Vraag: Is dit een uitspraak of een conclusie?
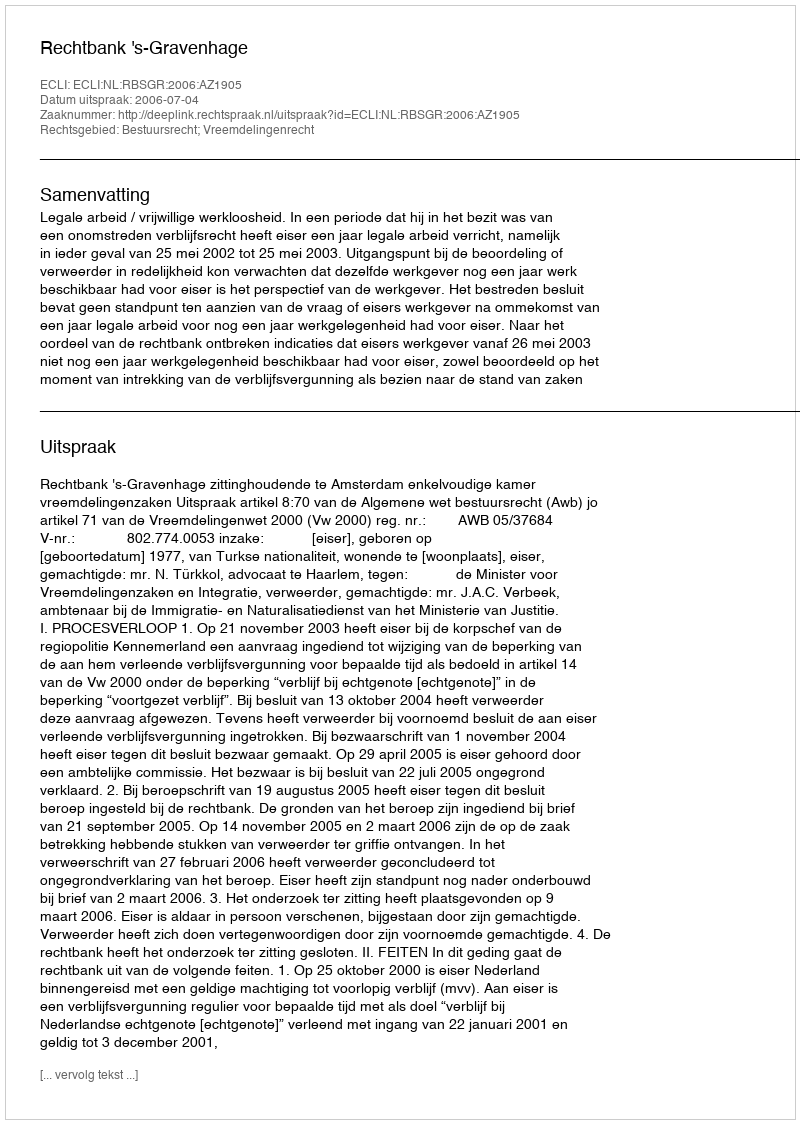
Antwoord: Uitspraak